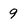
Character: 9